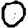
Digit: 0